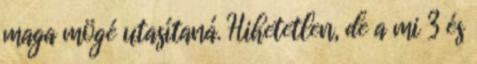
maga mögé utasítaná. Hihetetlen, de a mi 3 és